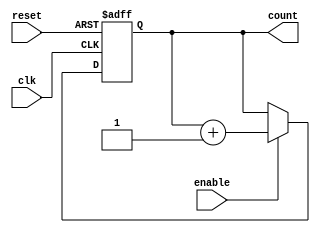
module binary_up_counter_with_enable (
    input wire clk,
    input wire reset,
    input wire enable,
    output reg [3:0] count
);

always @(posedge clk or posedge reset) begin
    if (reset) begin
        count <= 4'b0;
    end else if (enable) begin
        count <= count + 1;
    end
end

endmodule